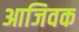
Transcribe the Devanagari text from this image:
आजिवक